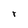
Character: r